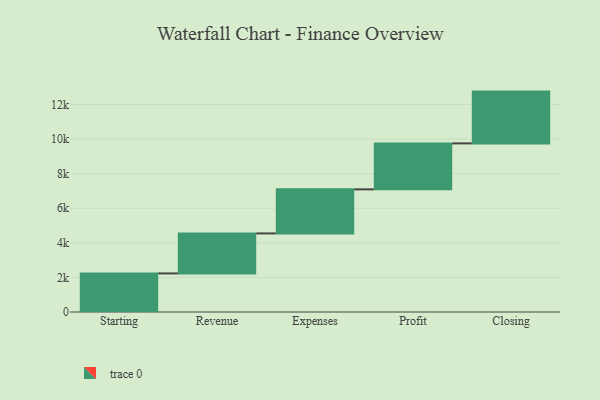
{"axis": {"x": "Step", "y": "Value"}, "legend": [""], "data": [{"x": "Starting", "y": 2230.0, "type": ""}, {"x": "Revenue", "y": 2312.0, "type": ""}, {"x": "Expenses", "y": 2547.0, "type": ""}, {"x": "Profit", "y": 2656.0, "type": ""}, {"x": "Closing", "y": 2994.0, "type": ""}]}